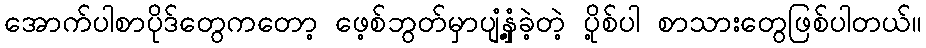
အောက်ပါစာပိုဒ်တွေကတော့ ဖေ့စ်ဘွတ်မှာပျံ့နှံ့ခဲ့တဲ့ ပို့စ်ပါ စာသားတွေဖြစ်ပါတယ်။